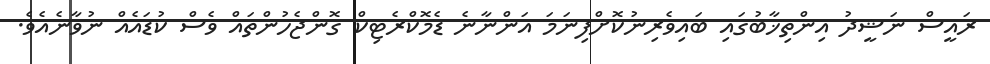
ރައީސް ނަޝީދު އިންތިޚާބުގައި ބައިވެރިނުކޮށްފިނަމަ އަންނާނެ ޑެމޮކްރެޓިކް ގޮންޖެހުންތައް ވެސް ކުޑައެއް ނުވާނެއެވެ.